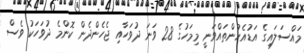
މައްސަލައިގެ އަޑުއެހުންތައްވަނީ މިމަހުގެ 28 ވަނަ ދުވަހާއި ޖެހެންދެން ކޮންމެ ދުވަހަކު ވެސް